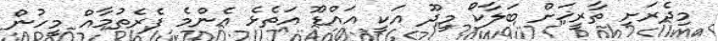
މިދެރަށި ތާރީޚަށް ބަލާކޯ މީދޫ އަކީ އައްޑޫ އަތެޅެ އެންމެ ފެރެތުމާއް މީހުން